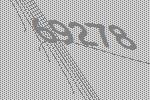
69278